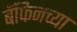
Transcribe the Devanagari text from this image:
बॅफिनच्या